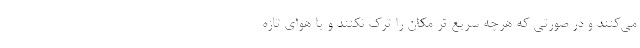
می‌کنند و در صورتی که هرچه سریع تر مکان را ترک نکنند و یا هوای تازه